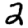
Digit: 2